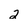
Character: 2